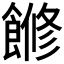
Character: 𩝧